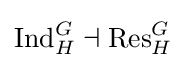
\operatorname {Ind} _{H}^{G}\dashv \operatorname {Res} _{H}^{G}